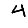
Digit: 4